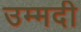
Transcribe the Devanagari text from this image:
उम्मदी